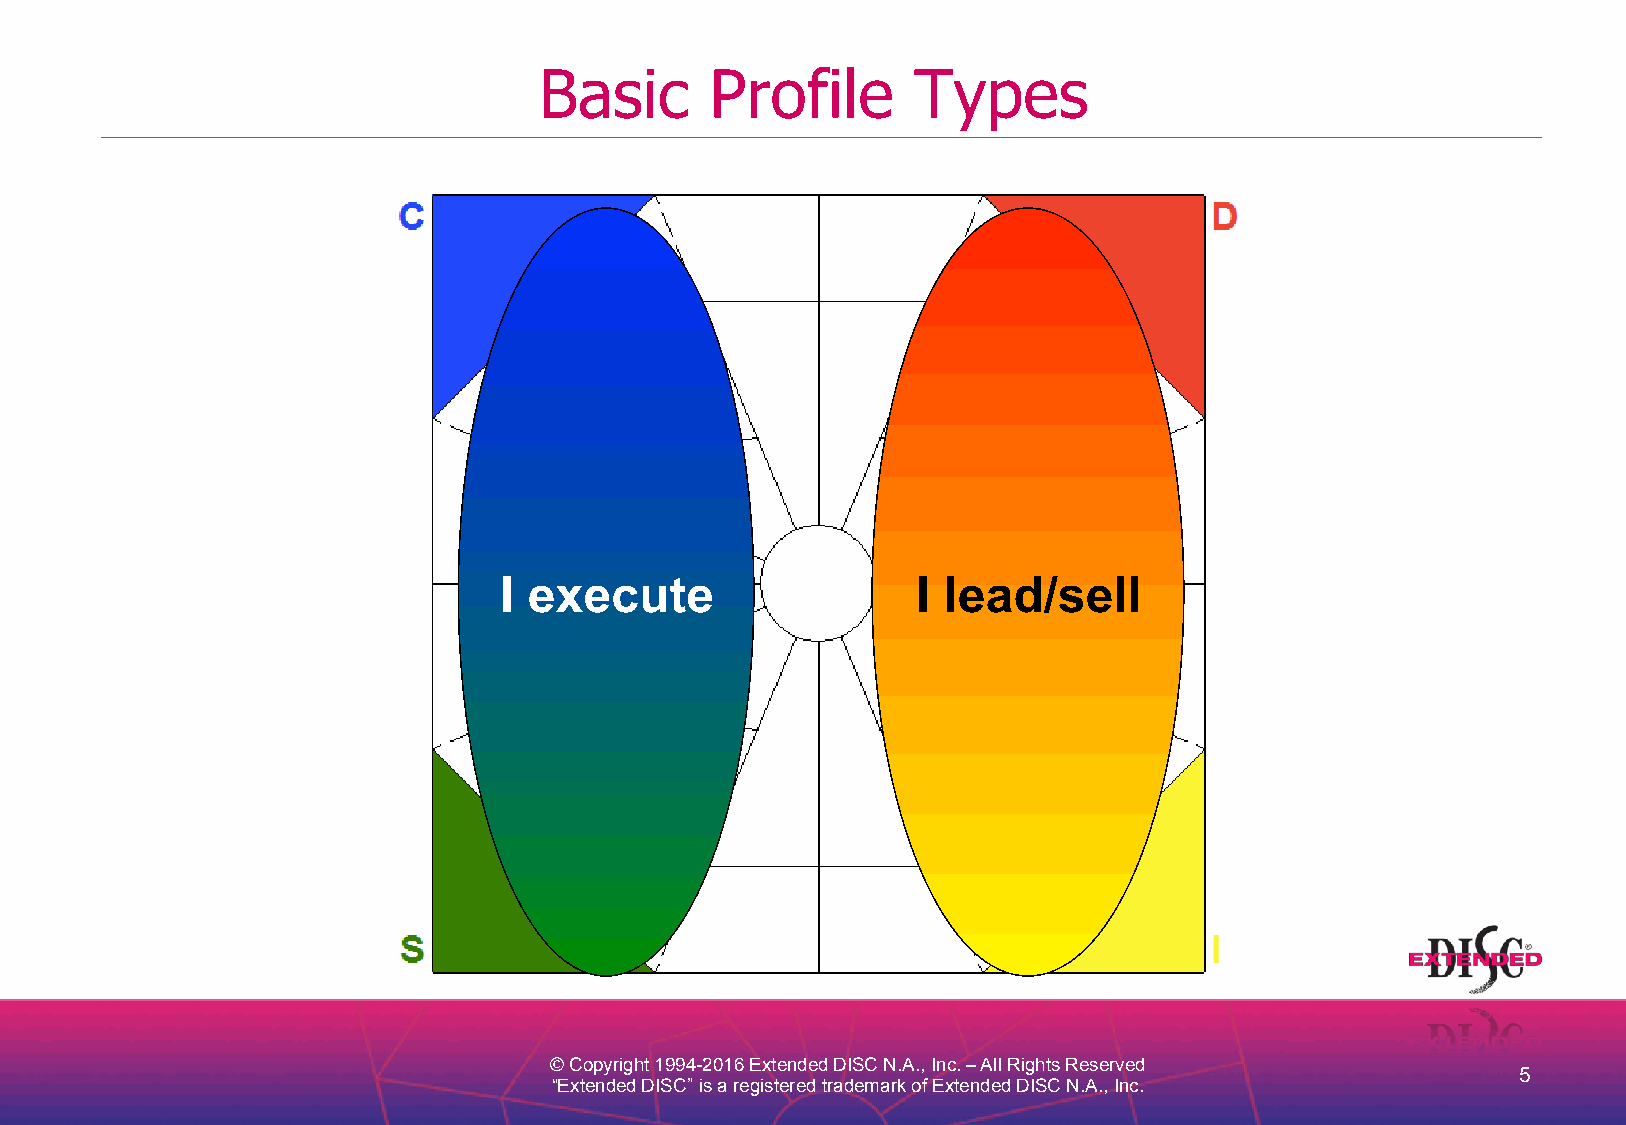
Basic      Profile      Types
 I execute                   I lead/sell
 © Copyright 1994-2016 Extended DISC N.A., Inc. – All Rights Reserved
 5
 “Extended DISC” is a registered trademark of Extended DISC N.A., Inc.